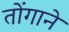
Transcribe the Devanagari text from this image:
तोंगाने